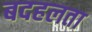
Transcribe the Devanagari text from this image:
बदहलता